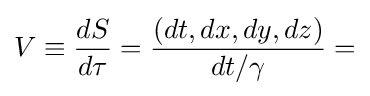
V\equiv {\frac {dS}{d\tau }}={\frac {(dt,dx,dy,dz)}{dt/\gamma }}=